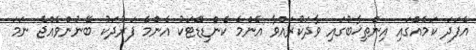
އެފަދަ ކަމެއްގައި އިންތިޚާބުގައި ވާދަކުރައްވާ އެންމެ ކެންޑިޑޭޓަކު އެންމެ ފަރުދަކު ބޭނުންވެއްޖެ ނަމަ